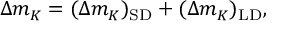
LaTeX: \Delta m _ { K } = ( \Delta m _ { K } ) _ { \mathrm { S D } } + ( \Delta m _ { K } ) _ { \mathrm { L D } } ,